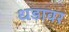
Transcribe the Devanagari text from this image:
धडावर